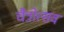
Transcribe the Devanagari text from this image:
चैत्रोत्सव